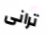
ترانى